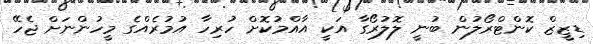
ޑިޒީޒް ކޮންޓްރޯލުން ބުނީ ލޮލުރޯގާ އަކީ އާއްމުކޮށް ހުރިހާ އުމުރެއްގެ މީހުންނަށް ޖެހޭ